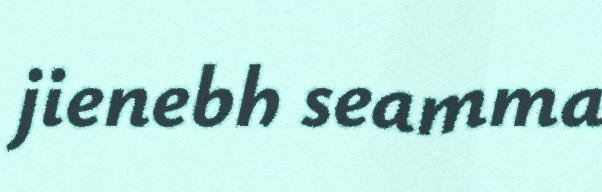
jienebh seamma